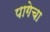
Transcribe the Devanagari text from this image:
पागेचा